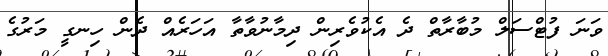
ވަނަ ފުޓްސަލް މުބާރާތް ދެ އެކުވެރިން ދިމާނުވާތާ އަހަރެއް ދެން ހިނގީ މަރުގެ